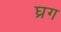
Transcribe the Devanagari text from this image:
घ्रग